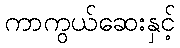
ကာကွယ်ဆေးနှင့်